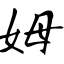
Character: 姆